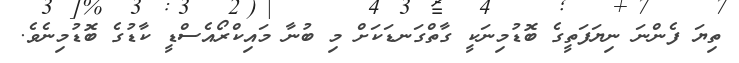
ތިޔަ ފެންނަ ނިޔަފަތީގެ ބޮޑުމިނަކީ ގާތްގަނޑަކަށް މި ބުނާ މައިކްރޯއެސްޑީ ކާޑުގެ ބޮޑުމިނެވެ.